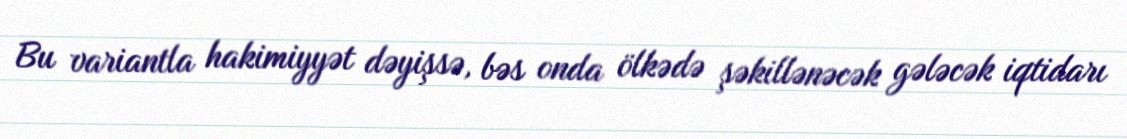
Bu variantla hakimiyyət dəyişsə, bəs onda ölkədə şəkillənəcək gələcək iqtidarı